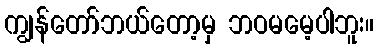
ကျွန်တော်ဘယ်တော့မှ ဘဝမမေ့ပါဘူး။